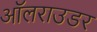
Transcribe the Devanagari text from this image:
ऑलराउडर